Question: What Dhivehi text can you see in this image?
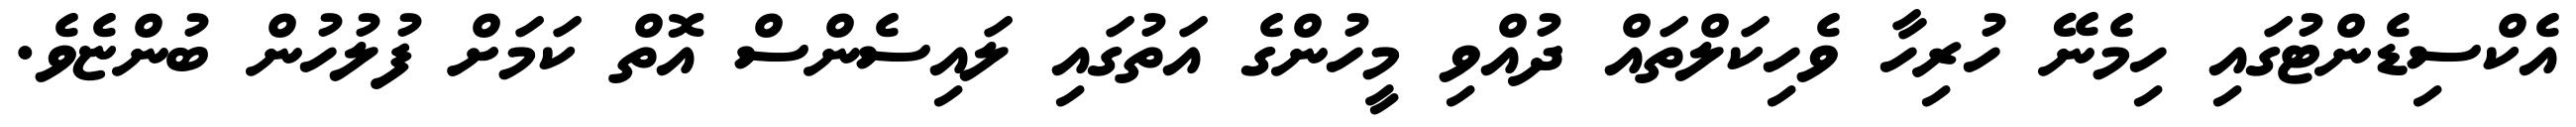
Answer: އެކްސިޑެންޓުގައި ހިމެނޭ ހުރިހާ ވެހިކަލްތައް ދުއްވި މީހުންގެ އަތުގައި ލައިސެންސް އޮތް ކަމަށް ފުލުހުން ބުންޏެވެ.